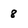
Character: 8